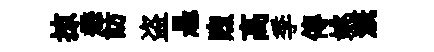
掠懋訪盗悬煦高季傳姚溉